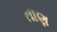
તાણ